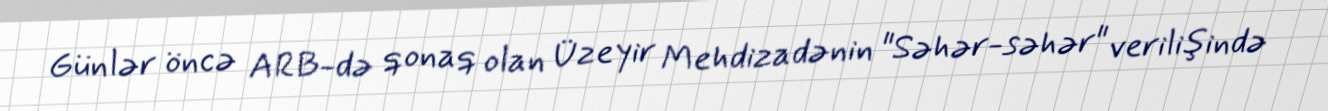
Günlər öncə ARB-də qonaq olan Üzeyir Mehdizadənin "Səhər-səhər" verilişində